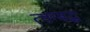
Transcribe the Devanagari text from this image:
त्वग्बद्ध